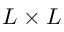
L \times L